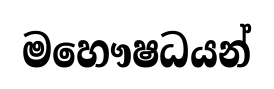
මහෞෂධයන්